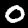
Digit: 0